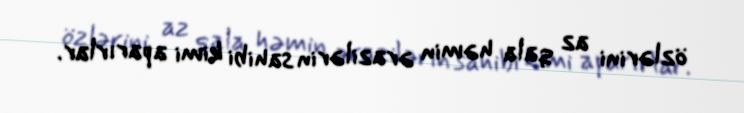
özlərini az qala həmin ərazilərin sahibi kimi aparırlar.